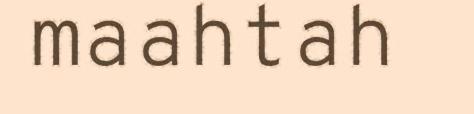
maahtah